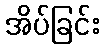
အိပ်ခြင်း